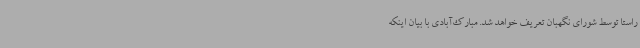
راستا توسط شورای نگهبان تعریف خواهد شد. مبارک‌آبادی با بیان اینکه